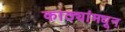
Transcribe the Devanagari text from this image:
काठ्यांमधून